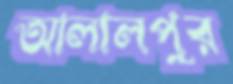
আলালপুর